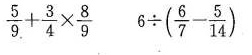
$$\frac { 5 } { 9 } + \frac { 3 } { 4 } \times \frac { 8 } { 9 }$$ $$6 \div ( \frac { 6 } { 7 } - \frac { 5 } { 1 4 } )$$